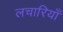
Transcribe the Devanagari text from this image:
लचारियाँ